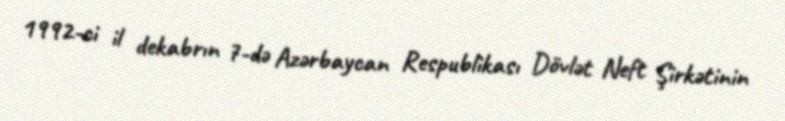
1992-ci il dekabrın 7-də Azərbaycan Respublikası Dövlət Neft Şirkətinin